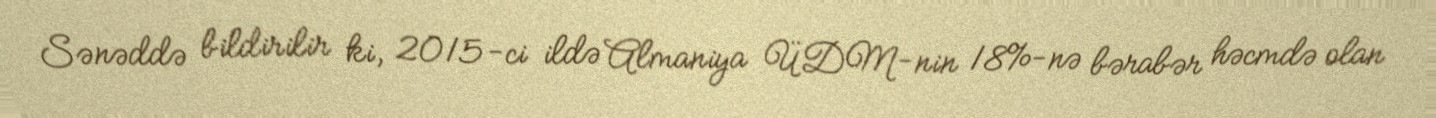
Sənəddə bildirilir ki, 2015-ci ildə Almaniya ÜDM-nin 18%-nə bərabər həcmdə olan